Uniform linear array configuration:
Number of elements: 24
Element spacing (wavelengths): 0.25
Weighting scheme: kaiser
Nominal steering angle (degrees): -60
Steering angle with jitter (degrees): -61.186
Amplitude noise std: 0.05
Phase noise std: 0.05

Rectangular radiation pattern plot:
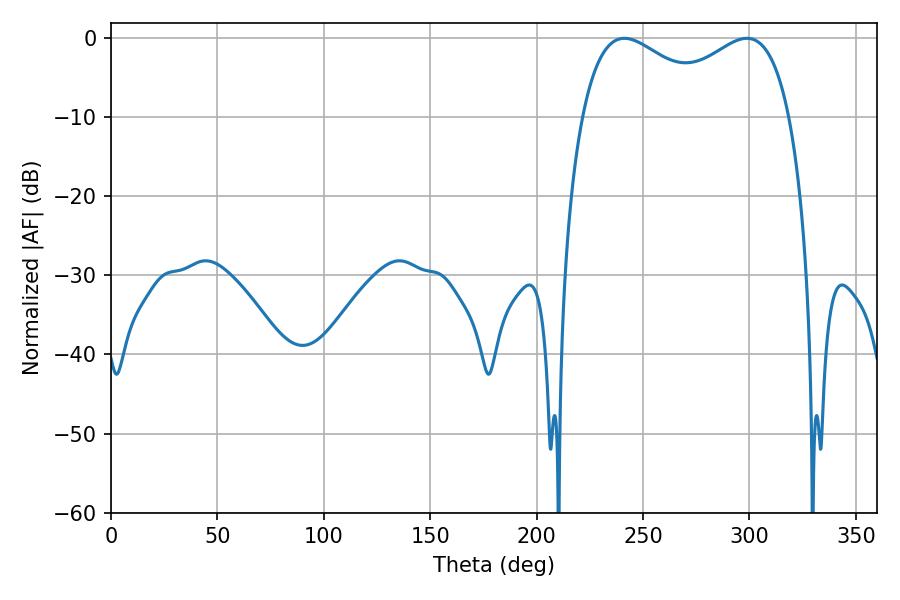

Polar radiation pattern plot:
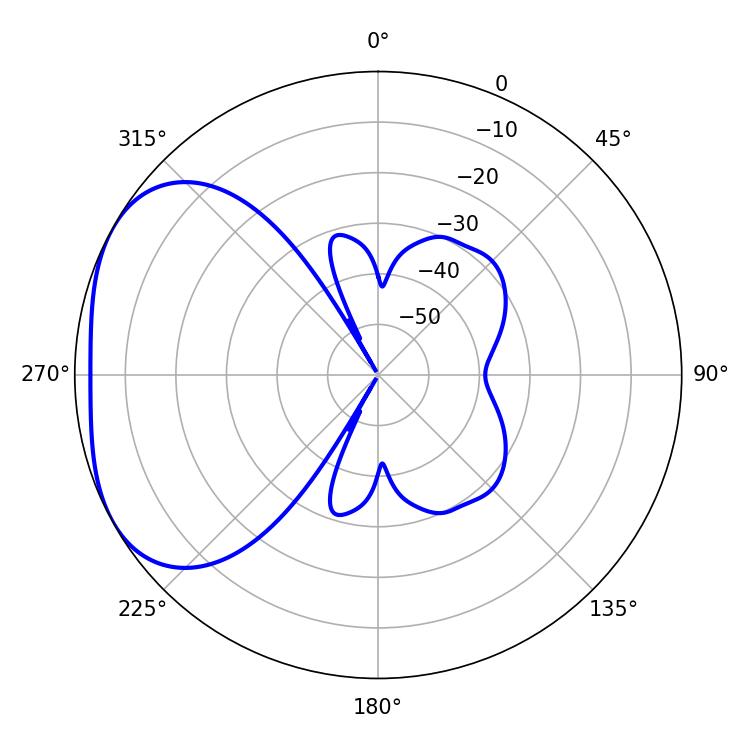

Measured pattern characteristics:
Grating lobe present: FALSE
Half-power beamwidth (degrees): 37.44
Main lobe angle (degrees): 241.2